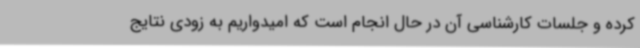
کرده و جلسات کارشناسی آن در حال انجام است که امیدواریم به زودی نتایج